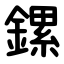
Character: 鏍